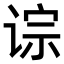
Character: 𫟡